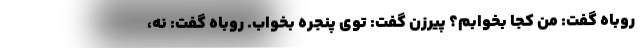
روباه گفت: من کجا بخوابم؟ پیرزن گفت: توی پنجره بخواب. روباه گفت: نه،